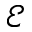
\mathcal E